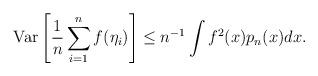
LaTeX: \begin{align*}\mathrm{Var}\left[\frac1n\sum_{i=1}^nf(\eta_i)\right] \leq n^{-1}\int f^2(x)p_{n}(x)dx.\end{align*}